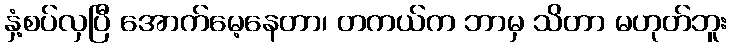
နှံ့စပ်လှပြီ အောက်မေ့နေတာ၊ တကယ်က ဘာမှ သိတာ မဟုတ်ဘူး